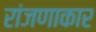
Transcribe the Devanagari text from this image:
रांजणाकार